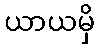
ယာယမှိ